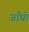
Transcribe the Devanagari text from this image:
जाँघो